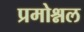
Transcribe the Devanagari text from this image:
प्रमोश्नल